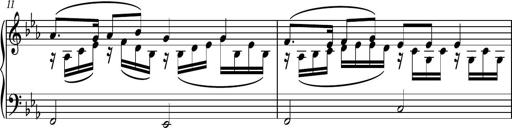
Title: Piano Sonatina No.8
Composer: Dimitri Sykias
Key: F major